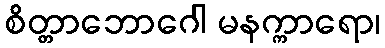
စိတ္တာဘောဂေါ မနက္ကာရော၊